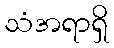
သံအရာရှိ